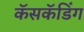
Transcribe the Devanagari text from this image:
कॅसकॅडिंग